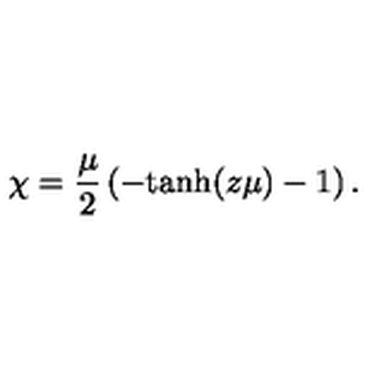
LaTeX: \chi = { \frac { \mu } { 2 } } \left( - \mathrm { t a n h } ( z \mu ) - 1 \right) .